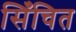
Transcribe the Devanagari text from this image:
सिँचित